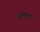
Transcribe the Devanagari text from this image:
वोल्फफ